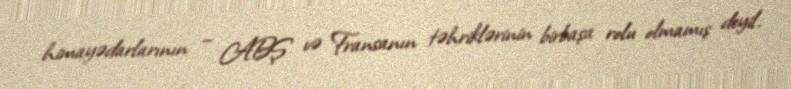
himayədarlarının – ABŞ və Fransanın təhriklərinin birbaşa rolu olmamış deyil.